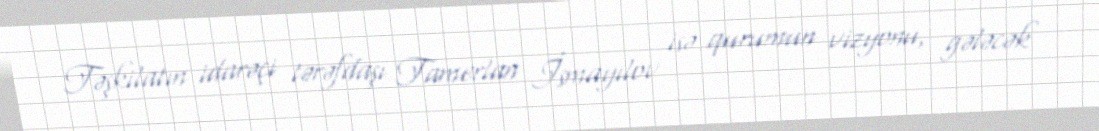
Təşkilatın idarəçi tərəfdaşı Tamerlan İsmayılov isə qurumun vizyonu, gələcək